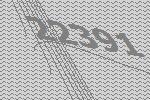
22391